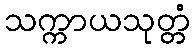
သက္ကာယသုတ္တံ